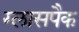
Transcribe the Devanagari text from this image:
ग्लासपैक